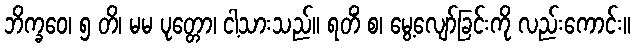
ဘိက္ခဝေ၊ ၅ တိ၊ မမ ပုတ္တော၊ ငါ့သားသည်။ ရတိံ စ၊ မွေ့လျော်ခြင်းကို လည်းကောင်း။